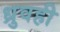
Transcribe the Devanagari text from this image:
ध्रुवही